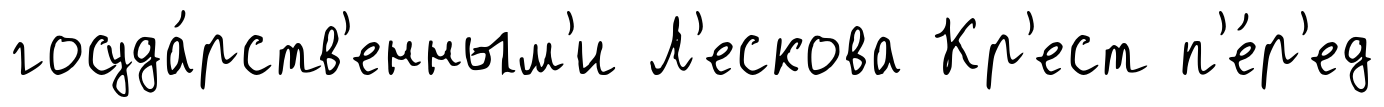
госуда́рств'енным'и Л'ескова Кр'ест п'е́р'ед